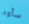
سأود